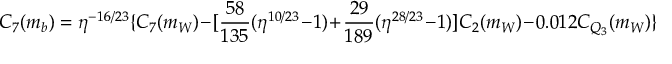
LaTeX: C _ { 7 } ( m _ { b } ) = \eta ^ { - 1 6 / 2 3 } \{ C _ { 7 } ( m _ { W } ) - [ \frac { 5 8 } { 1 3 5 } ( \eta ^ { 1 0 / 2 3 } - 1 ) + \frac { 2 9 } { 1 8 9 } ( \eta ^ { 2 8 / 2 3 } - 1 ) ] C _ { 2 } ( m _ { W } ) - 0 . 0 1 2 C _ { Q _ { 3 } } ( m _ { W } ) \}